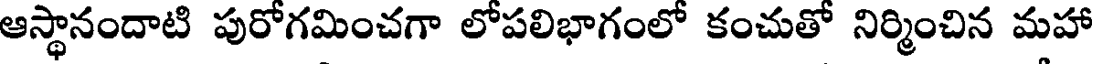
ఆస్థానందాటి పురోగమించగా లోపలిభాగంలో కంచుతో నిర్మించిన మహా